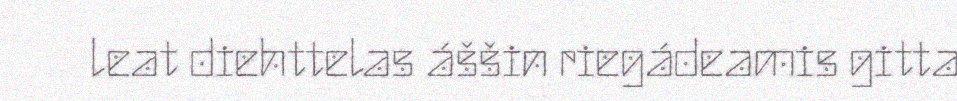
leat diehttelas áššin riegádeamis gitta